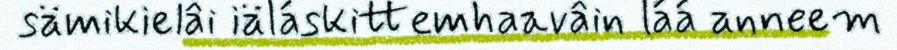
sämikielâi iäláskittemhaavâin láá anneem